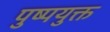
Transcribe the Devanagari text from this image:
पुष्पयुक्त